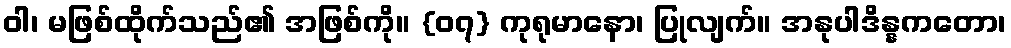
ဝါ၊ မဖြစ်ထိုက်သည်၏ အဖြစ်ကို။ {၀၇} ကုရုမာနော၊ ပြုလျက်။ အနုပါဒိန္နကတော၊